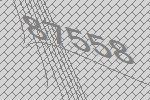
87558